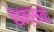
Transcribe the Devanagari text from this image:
थेम्सके